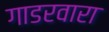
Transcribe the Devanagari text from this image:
गाडरवारा